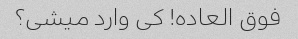
فوق العاده! کی وارد میشی؟